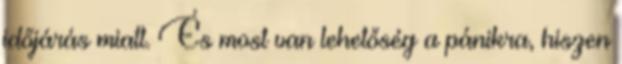
időjárás miatt. És most van lehetőség a pánikra, hiszen